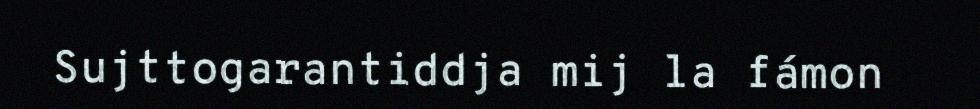
Sujttogarantiddja mij la fámon